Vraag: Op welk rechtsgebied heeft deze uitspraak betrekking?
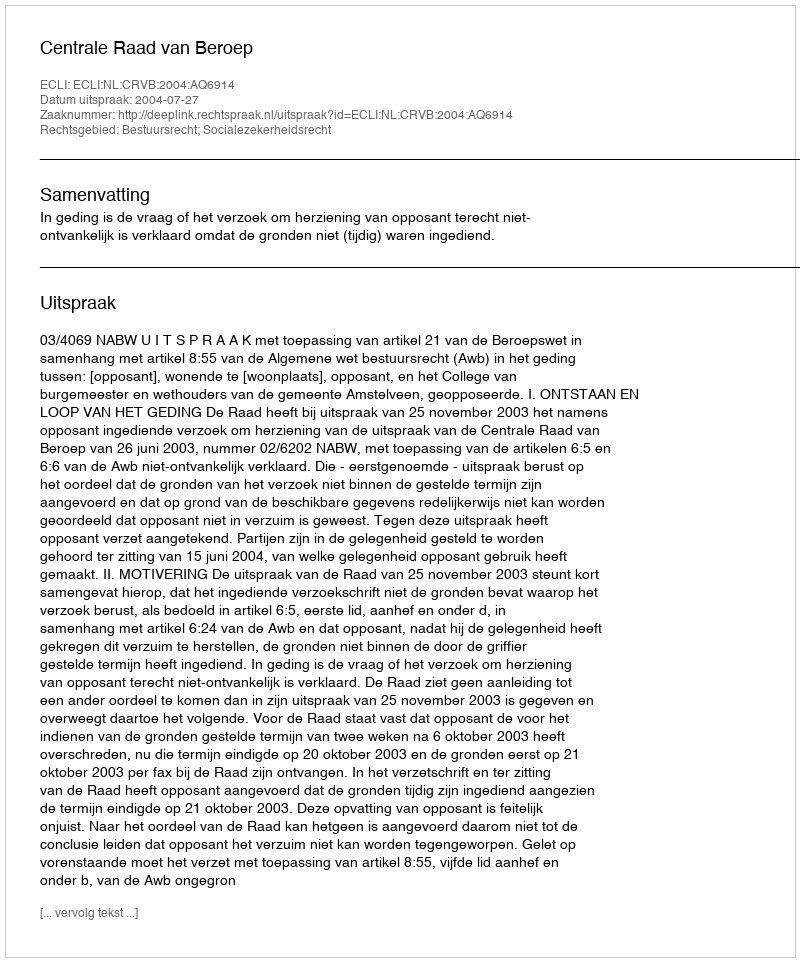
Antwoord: Bestuursrecht; Socialezekerheidsrecht